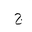
Letter: _gim